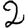
Digit: 2